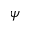
\psi